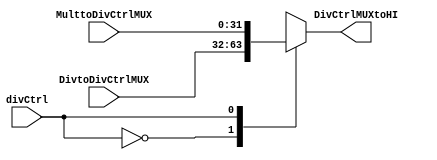
// mux 2x1
// mux div/mult cntrl
module hi(
    input wire [31:0] DivtoDivCtrlMUX,
    input wire [31:0] MulttoDivCtrlMUX,
    input wire divCtrl,
    output reg [31:0] DivCtrlMUXtoHI
);

  always @(*) begin
    case (divCtrl)
      1'b0: DivCtrlMUXtoHI = DivtoDivCtrlMUX;
      1'b1: DivCtrlMUXtoHI = MulttoDivCtrlMUX;
    //   default: DivCtrlMUXtoHI = 1'b0; // Default value
    endcase
  end
endmodule